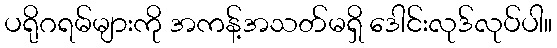
ပရိုဂရမ်များကို အကန့်အသတ်မရှိ ဒေါင်းလုဒ်လုပ်ပါ။